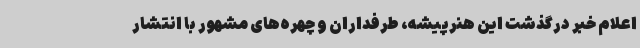
اعلام خبر درگذشت این هنرپیشه، طرفداران و چهره‌های مشهور با انتشار